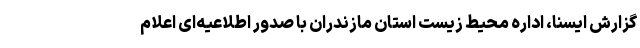
گزارش ایسنا، اداره محیط زیست استان مازندران با صدور اطلاعیه‌ای اعلام